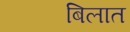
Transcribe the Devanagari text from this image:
बिलात